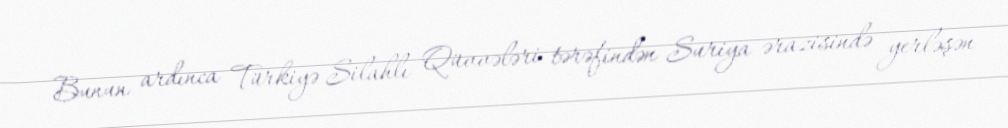
Bunun ardınca Türkiyə Silahlı Qüvvələri tərəfindən Suriya ərazisində yerləşən